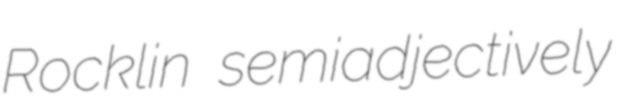
Rocklin semiadjectively